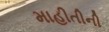
માહીતીની